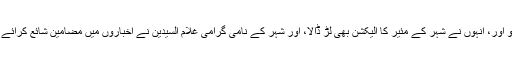
اب چوتھے، ذرا جونئیر قسم کے 'سیّد' بن گئے تھے مدّو میاں، یعنی سیّد امداد حسین، اور تو اور، انہوں نے شہر کے مئیر کا الیکشن بھی لڑ ڈالا، اور شہر کے نامی گرامی غلام السیّدین نے اخباروں میں مضامین شائع کرائے کہ سیّد امداد حسین اصل میں 'سر'، 'خان بہادر' یا 'شمس العلماء' قسم کے خطاب یافتہ تھے۔